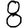
Digit: 8